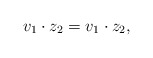
\begin{align*} v_1\cdot z_2 = v_1 \cdot z_2, \end{align*}